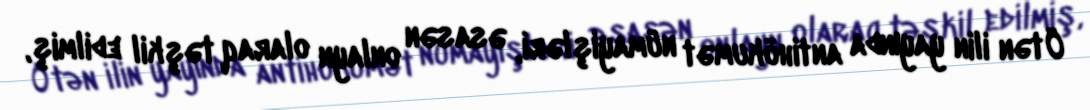
Ötən ilin yayında antihökumət nümayişləri, əsasən onlayn olaraq təşkil edilmiş,